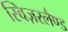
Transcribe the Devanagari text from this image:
स्विज़रलैण्ड